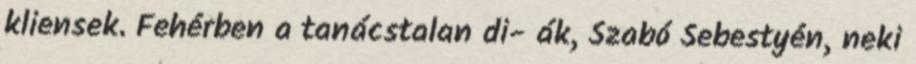
kliensek. Fehérben a tanácstalan di- ák, Szabó Sebestyén, neki